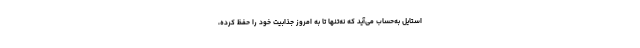
استایل به‌حساب می‌آید که نه‌تنها تا به امروز جذابیت خود را حفظ کرده،